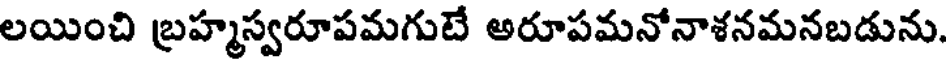
లయించి బ్రహ్మస్వరూపమగుటే అరూపమనోనాశనమనబడును.